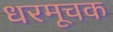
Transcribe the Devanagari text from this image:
धरमूचक